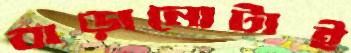
বাড়ানোটাই